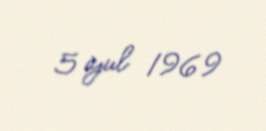
5 iyul 1969